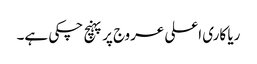
ریا کاری اعلی عروج پر پہنچ چکی ہے۔